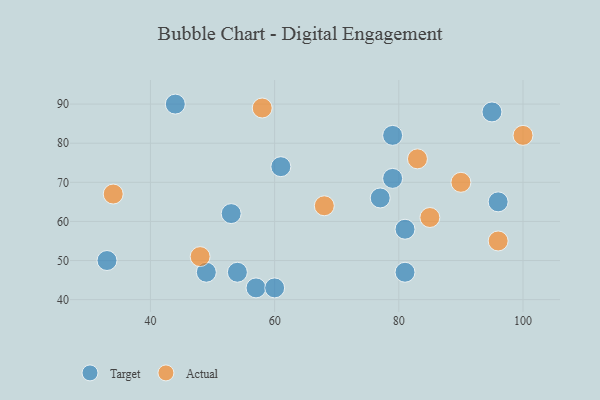
{"axis": {"x": "GDP", "y": "Life Expectancy"}, "legend": ["Actual", "Target"], "data": [{"x": "96", "y": 65, "type": "Target"}, {"x": "44", "y": 90, "type": "Target"}, {"x": "49", "y": 47, "type": "Target"}, {"x": "79", "y": 82, "type": "Target"}, {"x": "81", "y": 58, "type": "Target"}, {"x": "61", "y": 74, "type": "Target"}, {"x": "53", "y": 62, "type": "Target"}, {"x": "95", "y": 88, "type": "Target"}, {"x": "33", "y": 50, "type": "Target"}, {"x": "81", "y": 47, "type": "Target"}, {"x": "57", "y": 43, "type": "Target"}, {"x": "54", "y": 47, "type": "Target"}, {"x": "60", "y": 43, "type": "Target"}, {"x": "77", "y": 66, "type": "Target"}, {"x": "79", "y": 71, "type": "Target"}, {"x": "85", "y": 61, "type": "Actual"}, {"x": "83", "y": 76, "type": "Actual"}, {"x": "34", "y": 67, "type": "Actual"}, {"x": "48", "y": 51, "type": "Actual"}, {"x": "96", "y": 55, "type": "Actual"}, {"x": "58", "y": 89, "type": "Actual"}, {"x": "68", "y": 64, "type": "Actual"}, {"x": "90", "y": 70, "type": "Actual"}, {"x": "100", "y": 82, "type": "Actual"}]}